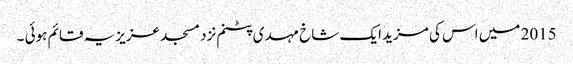
2015 میں اس کی مزید ایک شاخ مہدی پٹنم نزد مسجد عزیزیہ قائم ہوئی ۔